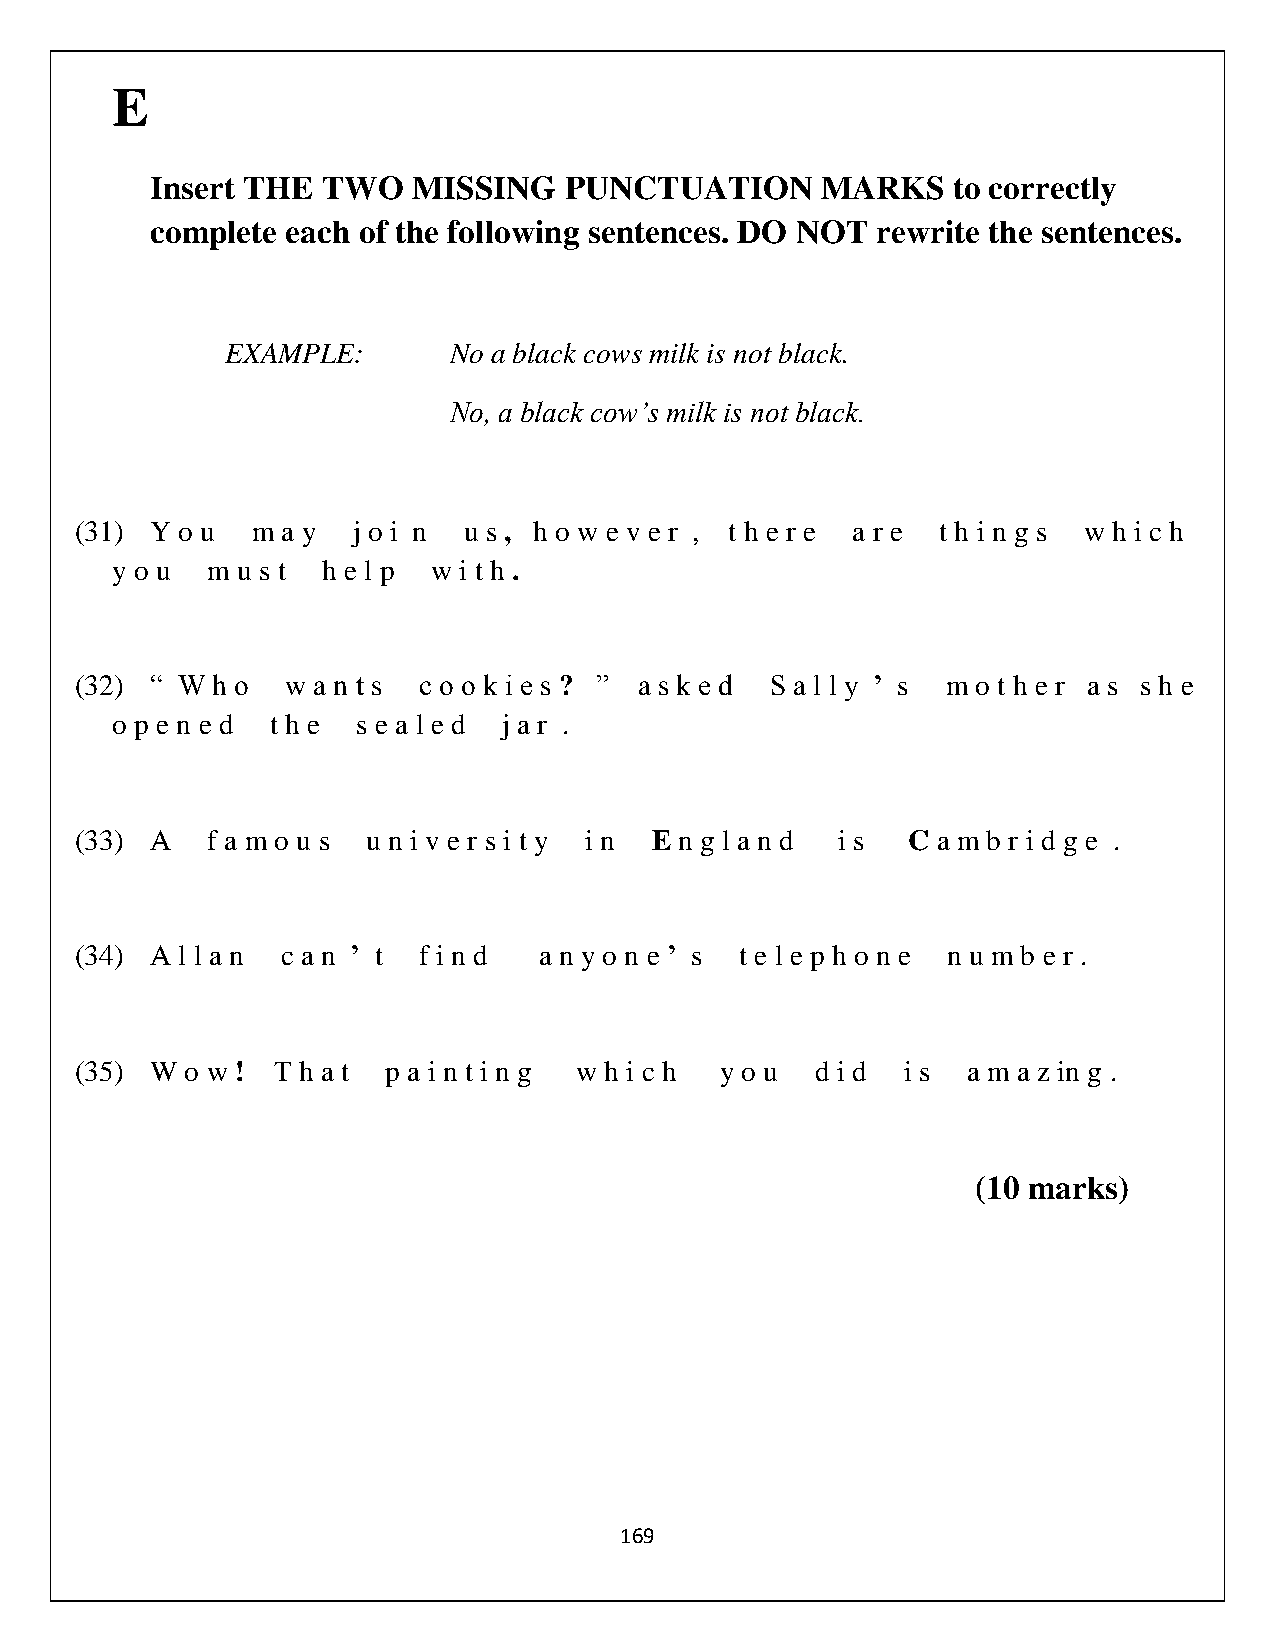
E
 Insert THE TWO   MISSING   PUNCTUATION      MARKS    to correctly
 complete each of the following sentences. DO NOT rewrite the sentences.
 EXAMPLE:       No a black cows milk is not black.
 No, a black cow’s milk is not black.
 (31) Y o u  m a y j o i n u s , h o w e v e r , t h e r e a r e t h i n g s w h i c h
 y o u  m u s t h e l p w i t h .
 (32) “ W h o  w a n t s c o o k i e s ? ” a s k e d S a l l y ’ s m o t h e r a s s h e
 o p e n e d t h e s e a l e d j a r .
 (33) A   f a m o u s u n i v e r s i t y i n E n g l a n d i s C a m b r i d g e .
 (34) A l l a n c a n ’ t f i n d a n y o n e ’ s t e l e p h o n e n u m b e r .
 (35) W o w ! T h a t p a i n t i n g w h i c h y o u d i d i s a m a z in g .
 (10 marks)
 169